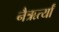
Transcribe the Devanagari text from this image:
नैऋर्त्यां